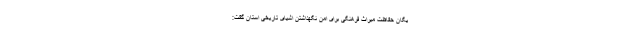
یگان حفاظت میراث فرهنگی برای امن نگهداشتن اشیای تاریخی استان گفت: